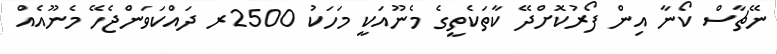
ނޭޗާސް ކޯނާ އިން ފޯރުކޮށްދޭ ކާތަކެތީގެ މެނޫއަކީ މަހަކު 2500ރ ދައްކަވަންޖެހޭ މެނޫއެއް